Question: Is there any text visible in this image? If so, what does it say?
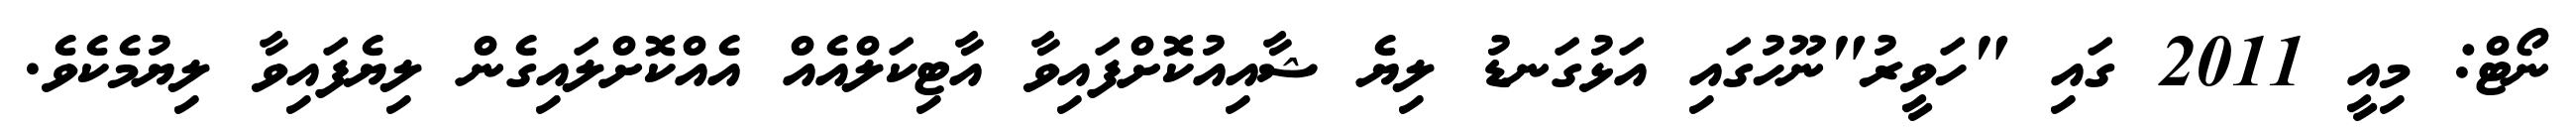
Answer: ނޯޓް: މިއީ 2011 ގައި "ހަވީރު"ނޫހުގައި އަޅުގަނޑު ލިޔެ ޝާއިއުކޮށްފައިވާ އާޓިކަލްއެއް އެއްކޮށްލައިގެން ލިޔެފައިވާ ލިޔުމެކެވެ.